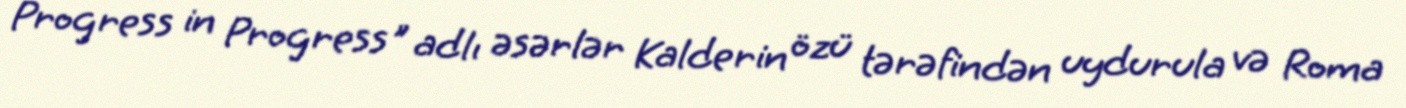
Progress in Progress" adlı əsərlər Kalderin özü tərəfindən uydurula və Roma